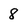
Character: 8